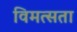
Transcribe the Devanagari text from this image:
विमत्सता